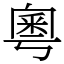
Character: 粵